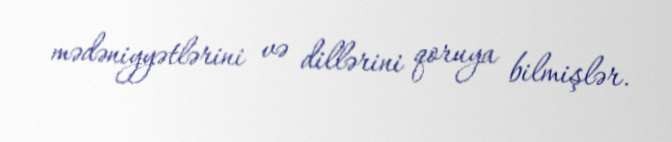
mədəniyyətlərini və dillərini qoruya bilmişlər.